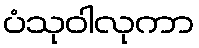
ပံသုဝါလုကာ